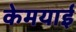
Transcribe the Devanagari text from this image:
केमयाई